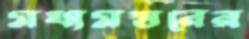
মধ্যমস্তরের